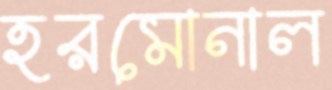
হরমোনাল